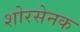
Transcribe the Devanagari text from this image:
शोरसेनक